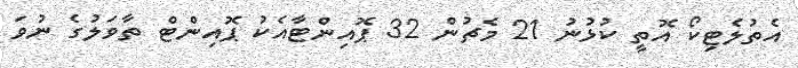
އެތުލެޓިކޯ އޮތީ ކުޅުނު 21 މެޗުން 32 ޕޮއިންޓާއެކު ޕޮއިންޓް ތާވަލުގެ ނުވަ